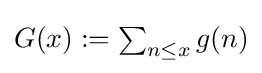
{\textstyle G(x):=\sum _{n\leq x}g(n)}